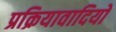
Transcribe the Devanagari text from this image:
प्रक्रियावादियों